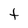
Character: t